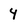
Character: 4